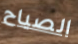
الصياح